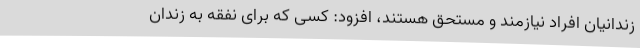
زندانیان افراد نیازمند و مستحق هستند، افزود: کسی که برای نفقه به زندان